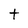
Character: t